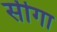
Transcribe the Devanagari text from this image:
सीगा